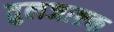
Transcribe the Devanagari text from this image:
तुलजाष्टक